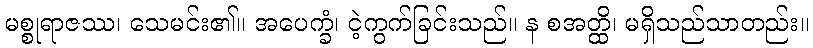
မစ္စုရာဇဿ၊ သေမင်း၏။ အပေက္ခံ၊ ငဲ့ကွက်ခြင်းသည်။ န စအတ္ထိ၊ မရှိသည်သာတည်း။